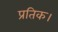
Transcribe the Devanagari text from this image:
प्रतिक।